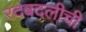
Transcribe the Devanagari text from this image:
रदबदलीची